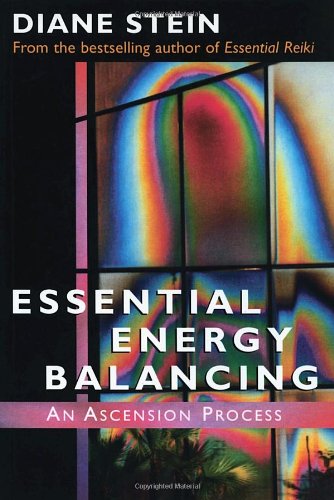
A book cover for Essential Energy Balancing: An Ascension Process; Diane Stein; Religion & Spirituality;